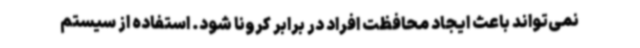
نمی‌تواند باعث ایجاد محافظت افراد در برابر کرونا شود. استفاده از سیستم